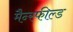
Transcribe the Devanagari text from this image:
मैन्स्फील्ड